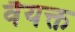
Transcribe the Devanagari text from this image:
वैयक्त